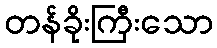
တန်ခိုးကြီးသော